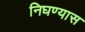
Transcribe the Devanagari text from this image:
निघण्यास